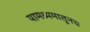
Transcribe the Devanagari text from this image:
यामध्यमातूनच